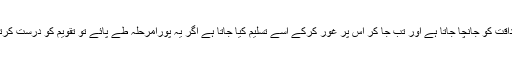
شہادت کا کسی دوسرے متن سے مقابلہ کر کے اس کی صداقت کو جانچا جاتا ہے اور تب جا کر اس پر غور کرکے اسے تسلیم کیا جاتا ہے اگر یہ پورامرحلہ طے پائے تو تقویم کو درست کرتے ہوئے اسکی روشنی میں واقعات کا مطالعہ کیا جاتا ہے ۔